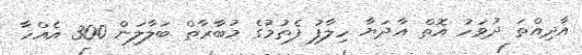
އާދިއްތަ ދުވަހު އޮތް އާދަޔާ ހިލާފު ފެތުމުގެ މުބާރާތް ބަލާލަން 300 އެއްހާ